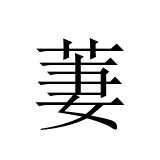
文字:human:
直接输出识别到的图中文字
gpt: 萋